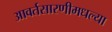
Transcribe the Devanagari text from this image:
आवर्तसारणीमधल्या